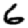
Digit: 6